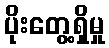
ပိုးတွေ့ရှိမှု